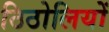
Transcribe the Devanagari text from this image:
ठिठोलियों